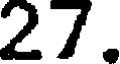
27.